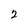
Character: 2